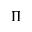
\Pi